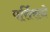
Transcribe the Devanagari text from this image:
पर्सिसने